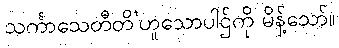
သင်္ကာသေတီတိ’ဟူသောပါဌ်ကို မိန့်သော်။